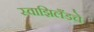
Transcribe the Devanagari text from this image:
स्वाझिलँडचे